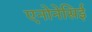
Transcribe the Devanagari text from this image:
एनोनेसिई